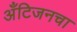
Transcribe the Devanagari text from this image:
अँटिजनचा